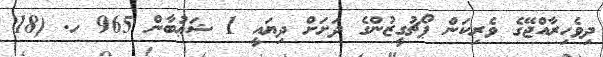
ދިވެހިރާއްޖޭގެ ވެރިކަން ޕޯޗުގީޒުންގެ ދަށަށް ދިޔައީ 1 ޝަޢުބާން 965 ހ. (18